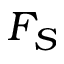
F _ { S }